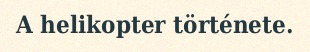
A helikopter története.